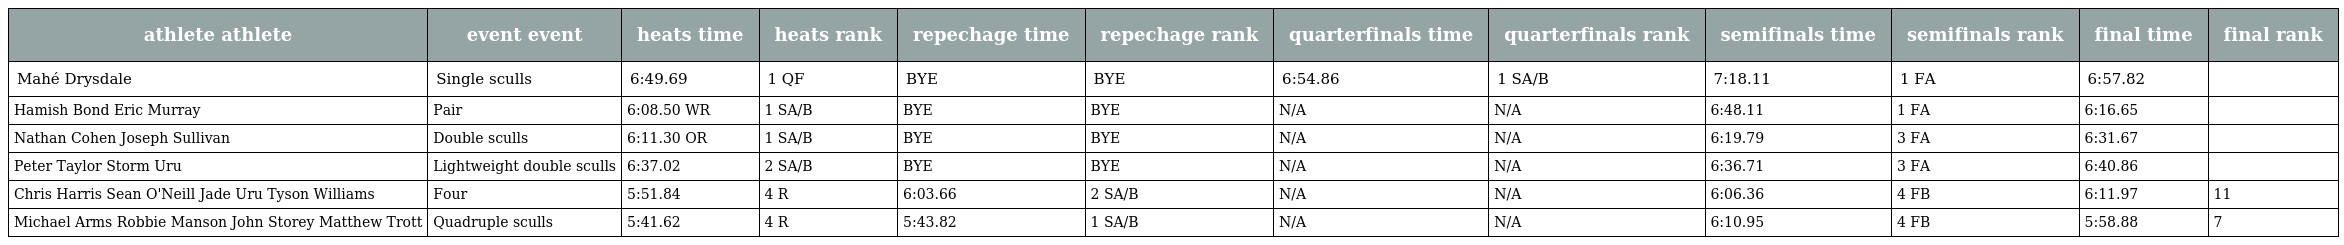
| athlete athlete | event event | heats time | heats rank | repechage time | repechage rank | quarterfinals time | quarterfinals rank | semifinals time | semifinals rank | final time | final rank |
 | --- | --- | --- | --- | --- | --- | --- | --- | --- | --- | --- | --- |
 | Mahé Drysdale | Single sculls | 6:49.69 | 1 QF | BYE | BYE | 6:54.86 | 1 SA/B | 7:18.11 | 1 FA | 6:57.82 |  |
 | Hamish Bond Eric Murray | Pair | 6:08.50 WR | 1 SA/B | BYE | BYE | N/A | N/A | 6:48.11 | 1 FA | 6:16.65 |  |
 | Nathan Cohen Joseph Sullivan | Double sculls | 6:11.30 OR | 1 SA/B | BYE | BYE | N/A | N/A | 6:19.79 | 3 FA | 6:31.67 |  |
 | Peter Taylor Storm Uru | Lightweight double sculls | 6:37.02 | 2 SA/B | BYE | BYE | N/A | N/A | 6:36.71 | 3 FA | 6:40.86 |  |
 | Chris Harris Sean O'Neill Jade Uru Tyson Williams | Four | 5:51.84 | 4 R | 6:03.66 | 2 SA/B | N/A | N/A | 6:06.36 | 4 FB | 6:11.97 | 11 |
 | Michael Arms Robbie Manson John Storey Matthew Trott | Quadruple sculls | 5:41.62 | 4 R | 5:43.82 | 1 SA/B | N/A | N/A | 6:10.95 | 4 FB | 5:58.88 | 7 |